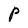
Character: P